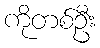
ကိုတစ်ဦး